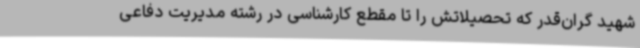
شهید گران‌قدر که تحصیلاتش را تا مقطع کارشناسی در رشته مدیریت دفاعی